Civil Veterinary Dept. Bombay admin report 1914-1922 - 1914-1922
Year: 1914
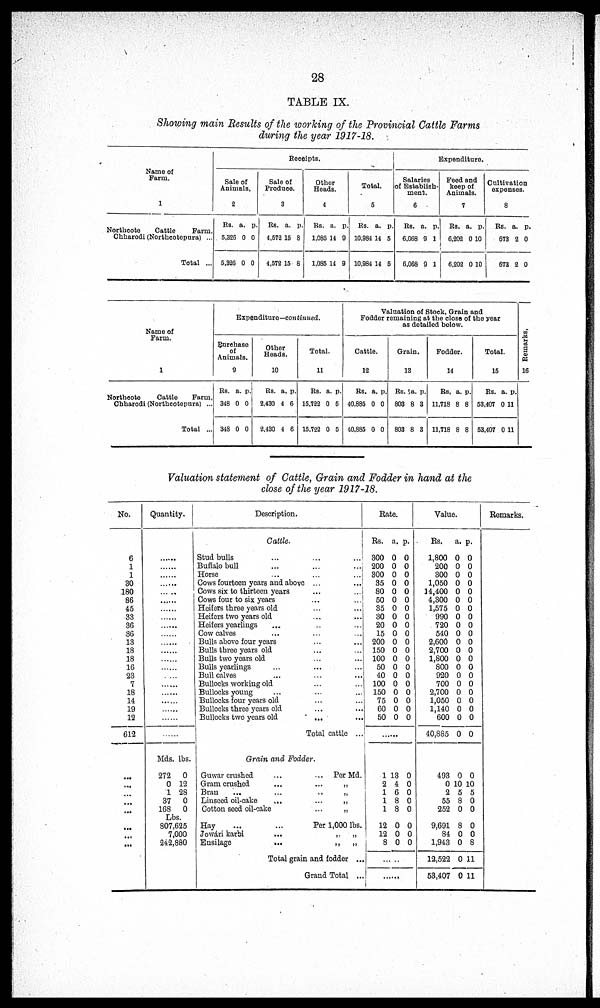
28
TABLE IX.
Showing main Results of the working of the Provincial Cattle Farms
during the year 1917-18.
Name of
Farm.
1
Northcote
Cattle
Farm,
Chharodi (Northcotepura) ...
Total ...
Receipts.
Sale of
Animals.
2
Rs.
5,326
5,326
a.
0
0
p.
0
0
Sale of
Produce.
3
Rs.
4,572
4,572
a.
15
15
p.
8
8
Other
Heads.
4
Rs.
1,085
1,085
a.
14
14
p.
9
9
Total.
5
Rs.
10,984
10,984
a.
14
14
p.
5
5
Expenditure.
Salaries
of Establish-
ment.
6
Rs.
6,068
6,068
a.
9
9
p.
1
1
Feed and
keep of
Animals.
7
Rs.
6,202
6,202
a.
0
0
p.
10
10
Cultivation
expenses.
8
Rs.
673
673
a.
2
2
p.
0
0
Name of
Farm.
1
Northcote
Cattle
Farm,
Chharodi (Northcotepura) ...
Total ...
Expenditure—continued.
Purchase
of
Animals.
9
Rs.
348
348
a.
0
0
p.
0
0
Other
Heads.
10
Rs.
2,430
2,430
a.
4
4
p.
6
6
Total.
11
Rs.
15,722
15,722
a.
0
0
p.
5
5
Valuation of Stock, Grain and
Fodder remaining at the close of the year
as
detailed
below.
Cattle.
12
Rs.
40,885
40,885
a.
0
0
p.
0
0
Grain.
13
Rs.
803
803
a.
8
8
p.
3
3
Fodder.
14
Rs.
11,718
11.718
a.
8
8
p.
8
8
Total.
15
Rs.
53,407
53,407
a.
0
0
p.
11
11
Remarks.
16
Valuation statement of Cattle, Grain and Fodder in hand at the
close of the year 1917-18.
No.
6
1
1
30
180
86
45
33
36
36
13
18
18
16
23
7
18
14
19
12
612
...
Quantity.
Mds.
272
0
1
37
168
lbs.
0
12
28
0
0
Lbs.
807,625
7,000
242,880
Description.
Cattle.
Stud bulls ... ...
Buffalo bull
...
...
...
Horse
...
...
...
Cows fourteen years and above ...
...
Cows six to thirteen years ... ...
Cows four to six years ... ...
Heifers three years old ... ...
Heifers two years old ... ...
Heifers yearlings ... ... ...
Cow calves ... ... ...
Bulls above four years ... ...
Bulls three years old ... ...
Bulls two years old ... ...
Bulls yearlings ... ... ...
Bull calves ... ... ...
Bullocks working old ... ...
Bullocks young ... ... ...
Bullocks four years old ... ...
Bullocks three years old ... ...
Bullocks two years old ... ...
Total cattle ...
Grain and Fodder.
Guwar crushed
...
...
Per Md.
Gram crushed
...
...
„
Bran
...
...
..
„
Linseed oil-cake
...
...
„
Cotton seed oil-cake
...
„
Hay
...
...
Per 1,000 lbs.
Jowári karbi
...
„
„
Ensilage
...
„
„
Total grain and fodder ...
Grand Total ...
Rate.
Rs.
300
200
300
35
80
50
35
30
20
15
200
150
100
50
40
100
150
75
60
50
a.
0
0
0
0
0
0
0
0
0
0
0
0
0
0
0
0
0
0
0
0
p.
0
0
0
0
0
0
0
0
0
0
0
0
0
0
0
0
0
0
0
0
........
1
2
1
1
1
12
12
8
13
4
6
8
8
0
0
0
0
0
0
0
0
0
0
0
........
........
Value.
Rs.
1,800
200
300
1,050
14,400
4,300
1,575
990
720
540
2,600
2,700
1,800
800
920
700
2,700
1,050
1,140
600
40,885
a.
0
0
0
0
0
0
0
0
0
0
0
0
0
0
0
0
0
0
0
0
0
p.
0
0
0
0
0
0
0
0
0
0
0
0
0
0
0
0
0
0
0
0
0
493
0
2
55
252
9,691
84
1,943
12,522
53,407
0
10
5
8
0
8
0
0
0
0
0
10
5
0
0
0
0
8
11
11
Remarks.